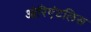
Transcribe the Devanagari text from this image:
ओरिएंटलिस